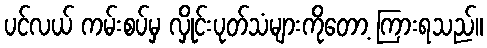
ပင်လယ် ကမ်းစပ်မှ လှိုင်းပုတ်သံများကိုတော့ ကြားရသည်။